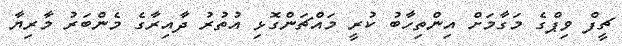
ޗީފް ވިޕްގެ މަގާމަށް އިންތިހާބު ކުރީ މައްޗަންގޮޅި އުތުރު ދާއިރާގެ މެންބަރު މާރިޔާ